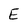
Character: E